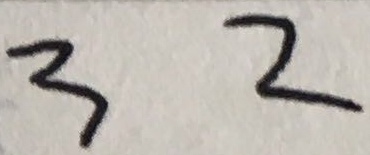
3 2